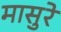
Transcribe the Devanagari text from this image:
मासुरे